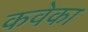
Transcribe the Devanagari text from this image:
कवेका